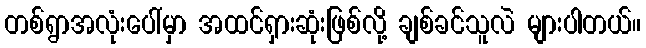
တစ်ရွာအလုံးပေါ်မှာ အထင်ရှားဆုံးဖြစ်လို့ ချစ်ခင်သူလဲ များပါတယ်။